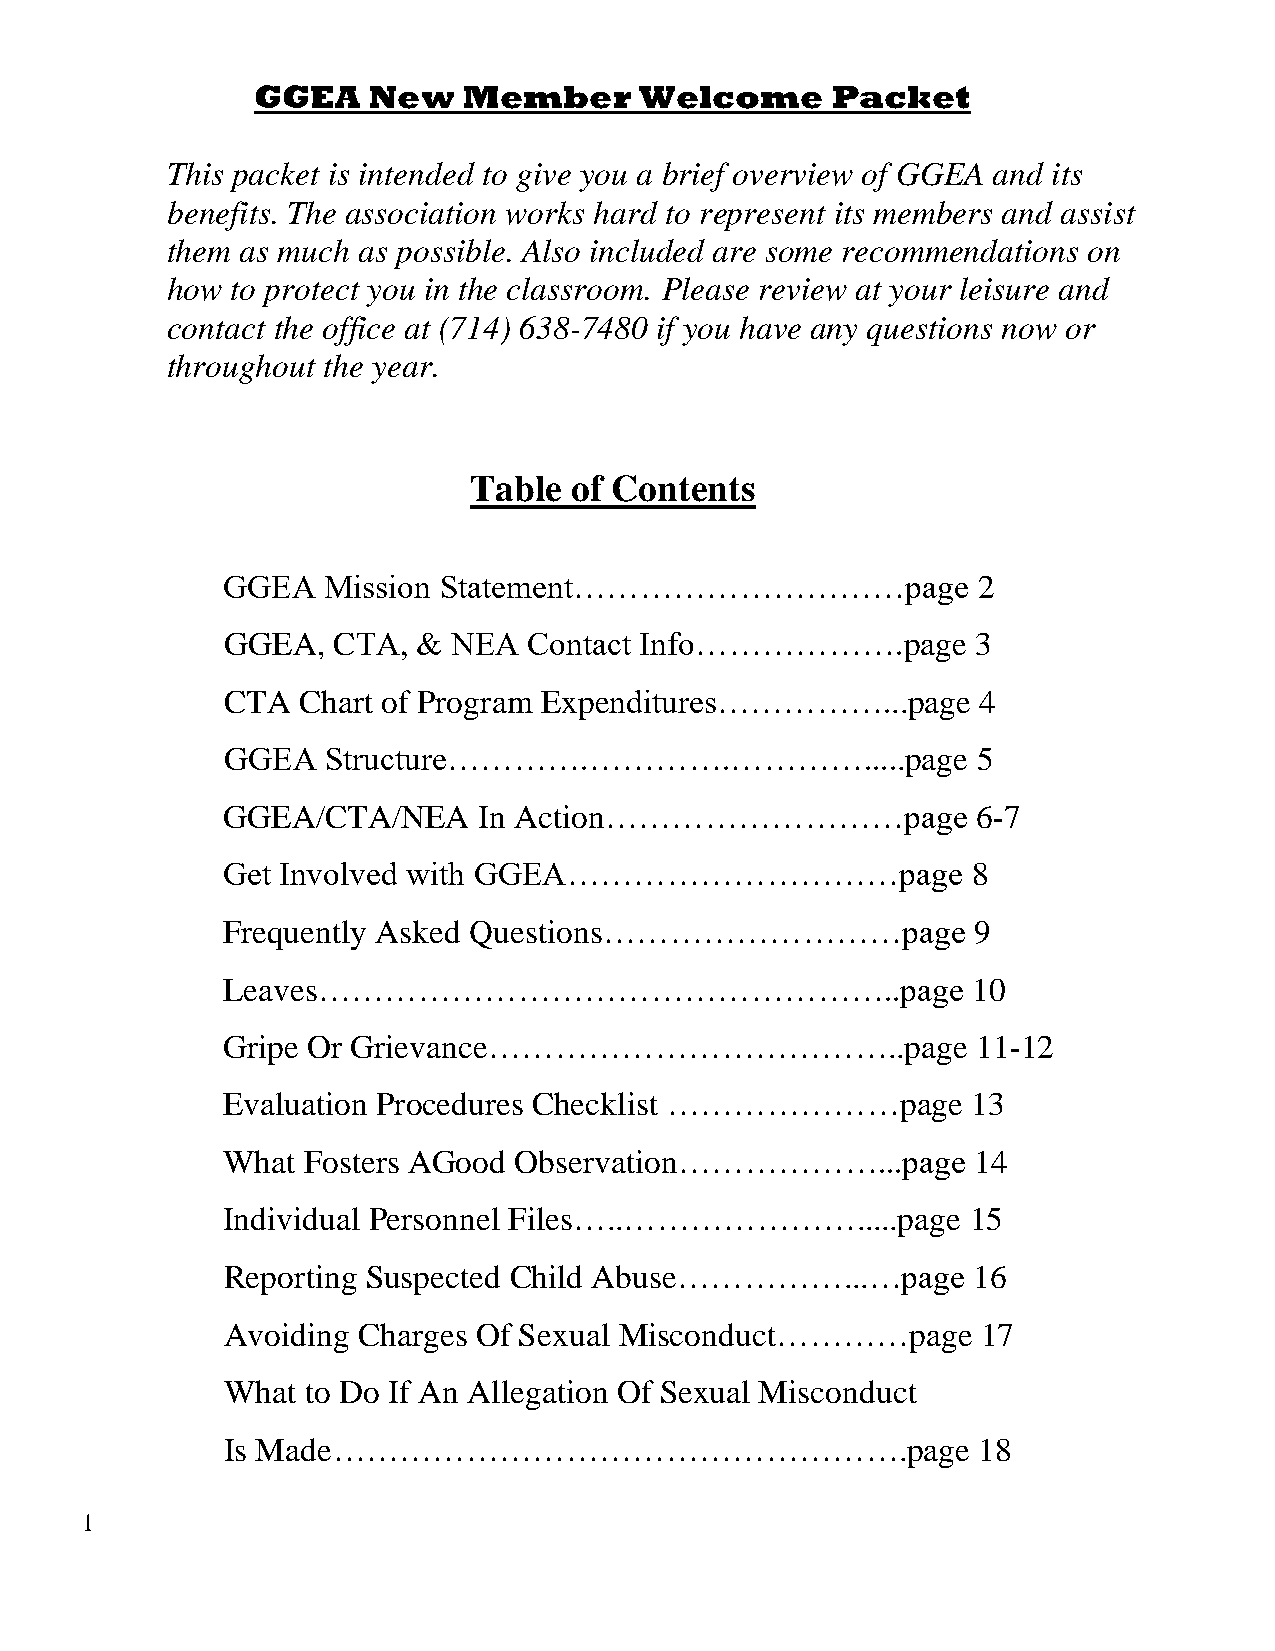
GGEA   New    Member     Welcome      Packet
 This packet is intended to give you a brief overview of GGEA and its
 benefits. The association works hard to represent its members and assist
 them as much as possible. Also included are some recommendations on
 how to protect you in the classroom. Please review at your leisure and
 contact the office at (714) 638-7480 if you have any questions now or
 throughout the year.
 Table  of Contents
 GGEA  Mission Statement…………………………page             2
 GGEA,  CTA,  & NEA  Contact Info……………….page       3
 CTA  Chart of Program Expenditures……………...page    4
 GGEA   Structure………….………….………….....page           5
 GGEA/CTA/NEA     In Action………………………page           6-7
 Get Involved with GGEA…………………………page             8
 Frequently Asked Questions………………………page          9
 Leaves……………………………………………..page                    10
 Gripe Or Grievance………………………………..page              11-12
 Evaluation Procedures Checklist …………………page      13
 What Fosters AGood Observation………………...page      14
 Individual Personnel Files…..………………….....page    15
 Reporting Suspected Child Abuse……………...…page     16
 Avoiding Charges Of Sexual Misconduct…………page     17
 What to Do If An Allegation Of Sexual Misconduct
 Is Made…………………………………………….page                     18
 1